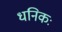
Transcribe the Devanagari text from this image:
धनिकः